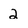
Character: 2